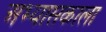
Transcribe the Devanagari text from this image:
अभ्यासकाला